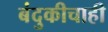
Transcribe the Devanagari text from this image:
बंदुकीचाही